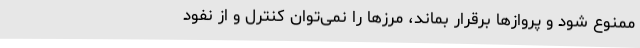
ممنوع شود و پروازها برقرار بماند، مرزها را نمی‌توان کنترل و از نفود